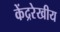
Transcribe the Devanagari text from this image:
केंद्ररेखीय